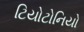
ટિયોટોનિયો